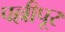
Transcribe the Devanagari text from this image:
पल्लीपूर